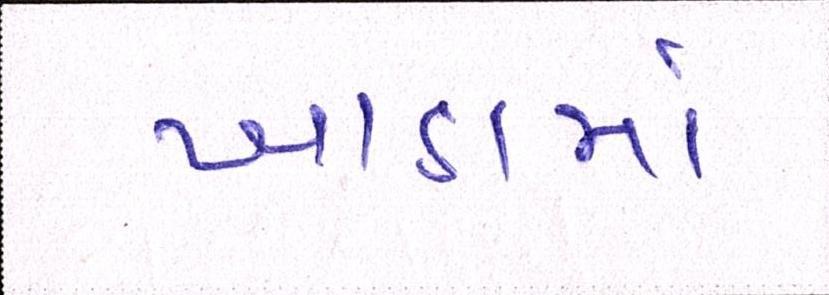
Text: ખાડામાં